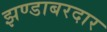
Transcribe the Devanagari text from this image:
झण्डाबरदार